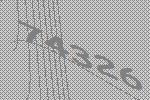
74326